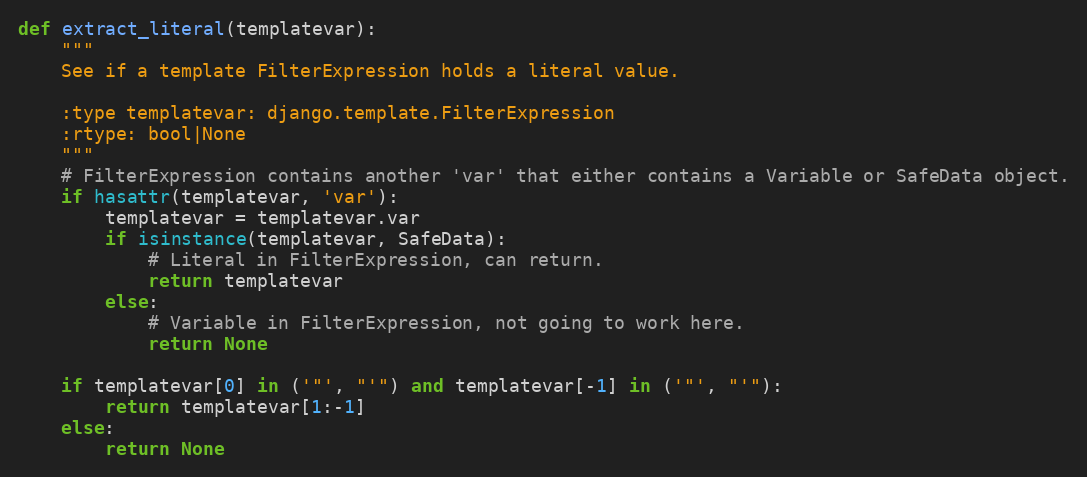
Language: Python
def extract_literal(templatevar):
    """
    See if a template FilterExpression holds a literal value.

    :type templatevar: django.template.FilterExpression
    :rtype: bool|None
    """
    # FilterExpression contains another 'var' that either contains a Variable or SafeData object.
    if hasattr(templatevar, 'var'):
        templatevar = templatevar.var
        if isinstance(templatevar, SafeData):
            # Literal in FilterExpression, can return.
            return templatevar
        else:
            # Variable in FilterExpression, not going to work here.
            return None

    if templatevar[0] in ('"', "'") and templatevar[-1] in ('"', "'"):
        return templatevar[1:-1]
    else:
        return None